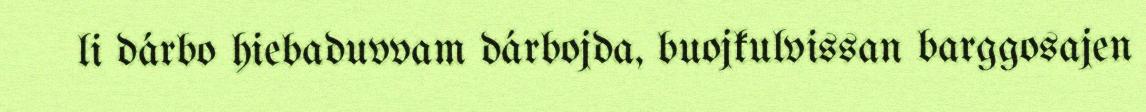
li dárbo hiebaduvvam dárbojda, buojkulvissan barggosajen